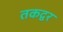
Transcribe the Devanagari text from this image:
तकद्वर